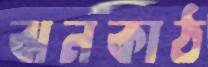
ঝনকাঠ